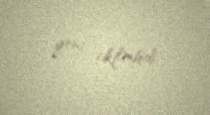
yeni tikilmişdi.